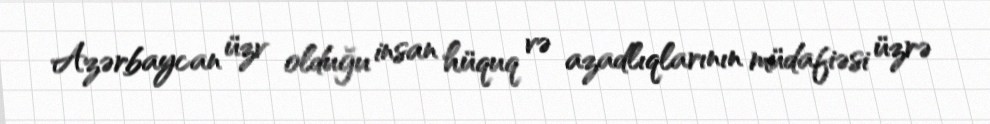
Azərbaycan üzv olduğu insan hüquq və azadlıqlarının müdafiəsi üzrə